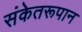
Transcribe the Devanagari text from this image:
संकेतरूपान